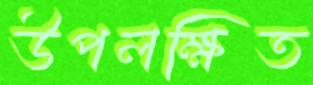
উপলক্ষিত